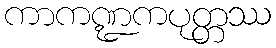
ကာကဏ္ဍကပုတ္တဿ